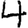
Digit: 4